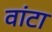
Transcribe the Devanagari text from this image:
वांटा